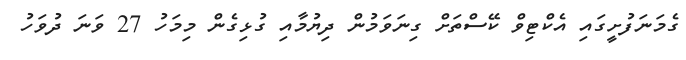
ގެމަނަފުށީގައި އެކްޓިވް ކޭސްތަށް ގިނަވަމުން ދިޔުމާއި ގުޅިގެން މިމަހު 27 ވަނަ ދުވަހު